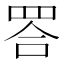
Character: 𦊴